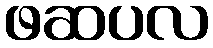
ဖဆပလ